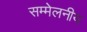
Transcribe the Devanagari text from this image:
सम्मेलनीय